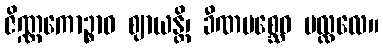
ဇိဏ္ဏကောဉ္စာဝ ဈာယန္တိ၊ ခီဏမစ္ဆေဝ ပလ္လလေ။